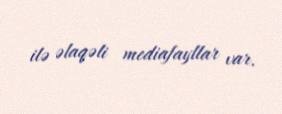
ilə əlaqəli mediafayllar var.